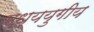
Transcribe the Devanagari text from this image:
मध्ययुगीय